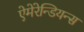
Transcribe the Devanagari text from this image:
ऐमेरेन्डियन्स